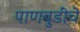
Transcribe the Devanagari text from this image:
पाणबुडींचे